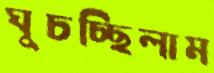
ঘুচচ্ছিলাম